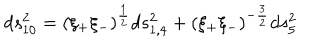
LaTeX: d s _ { 1 0 } ^ { 2 } = ( \xi _ { + } \xi _ { - } ) ^ { \frac { 1 } { 2 } } d s _ { 1 , 4 } ^ { 2 } + ( \xi _ { + } \xi _ { - } ) ^ { - { \frac { 3 } { 2 } } } d s _ { 5 } ^ { 2 }